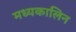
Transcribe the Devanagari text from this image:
मध्यकालिन